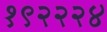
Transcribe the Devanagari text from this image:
१९२२२४